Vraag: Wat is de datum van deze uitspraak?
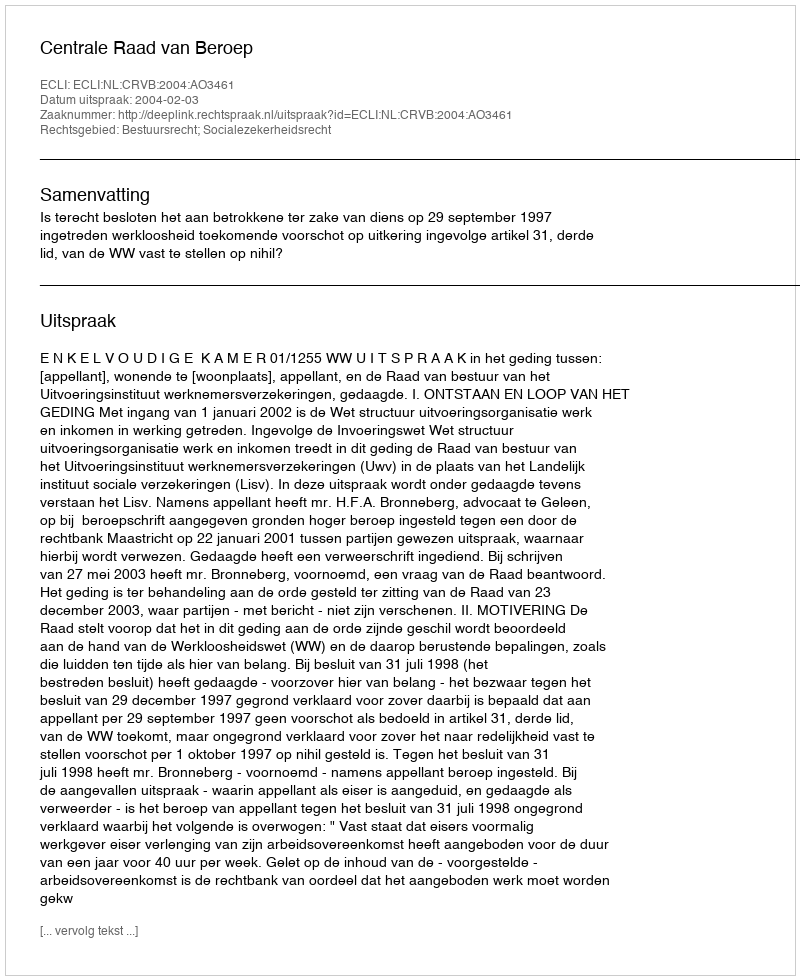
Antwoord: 2004-02-03